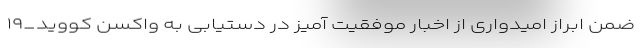
ضمن ابراز امیدواری از اخبار موفقیت آمیز در دستیابی به واکسن کووید_۱۹